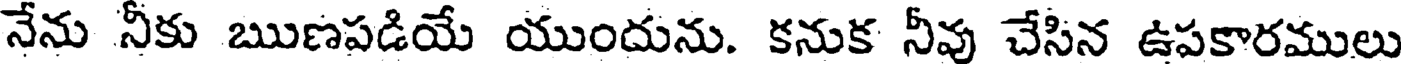
నేను నీకు ఋణపడియే యుందును. కనుక నీవు చేసిన ఉపకారములు